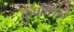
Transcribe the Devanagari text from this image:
कुर्वासिन्दे